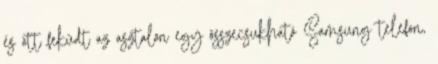
és ott feküdt az asztalon egy összecsukható Samsung telefon,